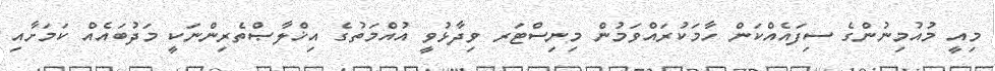
މިއީ މުއުމިނުންގެ ސިފައެއްކަން ހާމަކުރައްވަމުން މިނިސްޓަރ ވިދާޅުވީ އުއްމަތުގެ އިޚްލާޞްތެރިންނަކީ މަދުބައެއް ކަމަށާއި